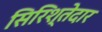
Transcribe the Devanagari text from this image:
सिरिश्तेदार